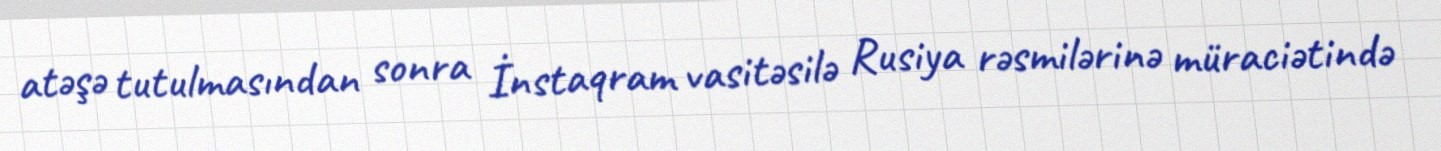
atəşə tutulmasından sonra İnstaqram vasitəsilə Rusiya rəsmilərinə müraciətində